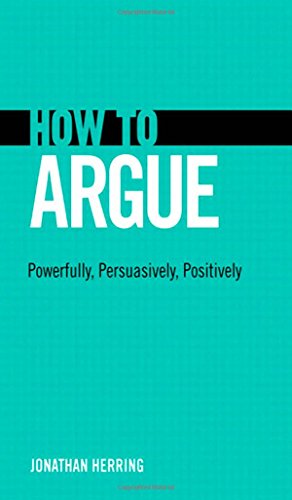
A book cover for How to Argue: Powerfully, Persuasively, Positively; Jonathan Herring; Politics & Social Sciences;